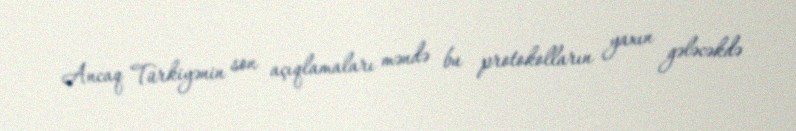
Ancaq Türkiyənin son açıqlamaları məndə bu protokolların yaxın gələcəkdə